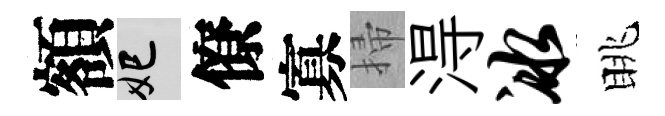
額妃僚寡掃淂冰眺